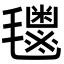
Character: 𬇈